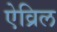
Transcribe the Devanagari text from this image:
ऐव्रिल